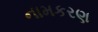
નામકરણ